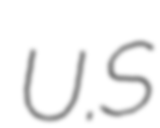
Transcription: U.S